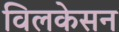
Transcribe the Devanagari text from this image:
विलकेसन